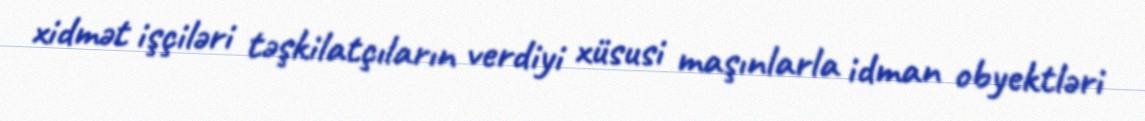
xidmət işçiləri təşkilatçıların verdiyi xüsusi maşınlarla idman obyektləri